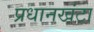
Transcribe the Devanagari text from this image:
प्रधानखंटा